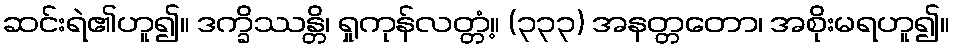
ဆင်းရဲ၏ဟူ၍။ ဒက္ခိဿန္တိ၊ ရှုကုန်လတ္တံ့။ (၃၃၃) အနတ္တတော၊ အစိုးမရဟူ၍။